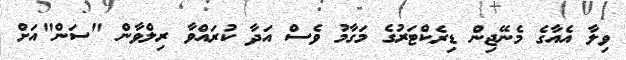
ވިލާ އެއާގެ މެނޭޖިން ޑިރެކްޓަރުގެ މަގާމު ވެސް އަދާ ކުރައްވާ ރިލްވާން "ސަން"އަށް